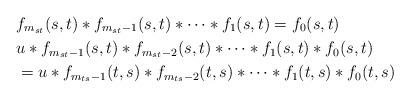
LaTeX: \begin{align*}&f_{m_{st}}(s,t)*f_{m_{st}-1}(s,t)*\cdots *f_1(s,t)=f_0(s,t)\\&u*f_{m_{st}-1}(s,t)*f_{m_{st}-2}(s,t)*\cdots *f_1(s,t)*f_0(s,t)\\&=u*f_{m_{ts}-1}(t,s)*f_{m_{ts}-2}(t,s)*\cdots *f_1(t,s)*f_0(t,s)\end{align*}